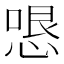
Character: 𭝫